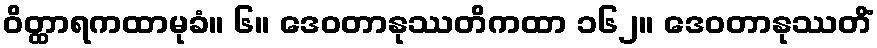
ဝိတ္ထာရကထာမုခံ။ ၆။ ဒေဝတာနုဿတိကထာ ၁၆၂။ ဒေဝတာနုဿတိံ